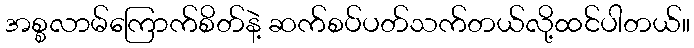
အစ္စလာမ်ကြောက်စိတ်နဲ့ ဆက်စပ်ပတ်သက်တယ်လို့ထင်ပါတယ်။